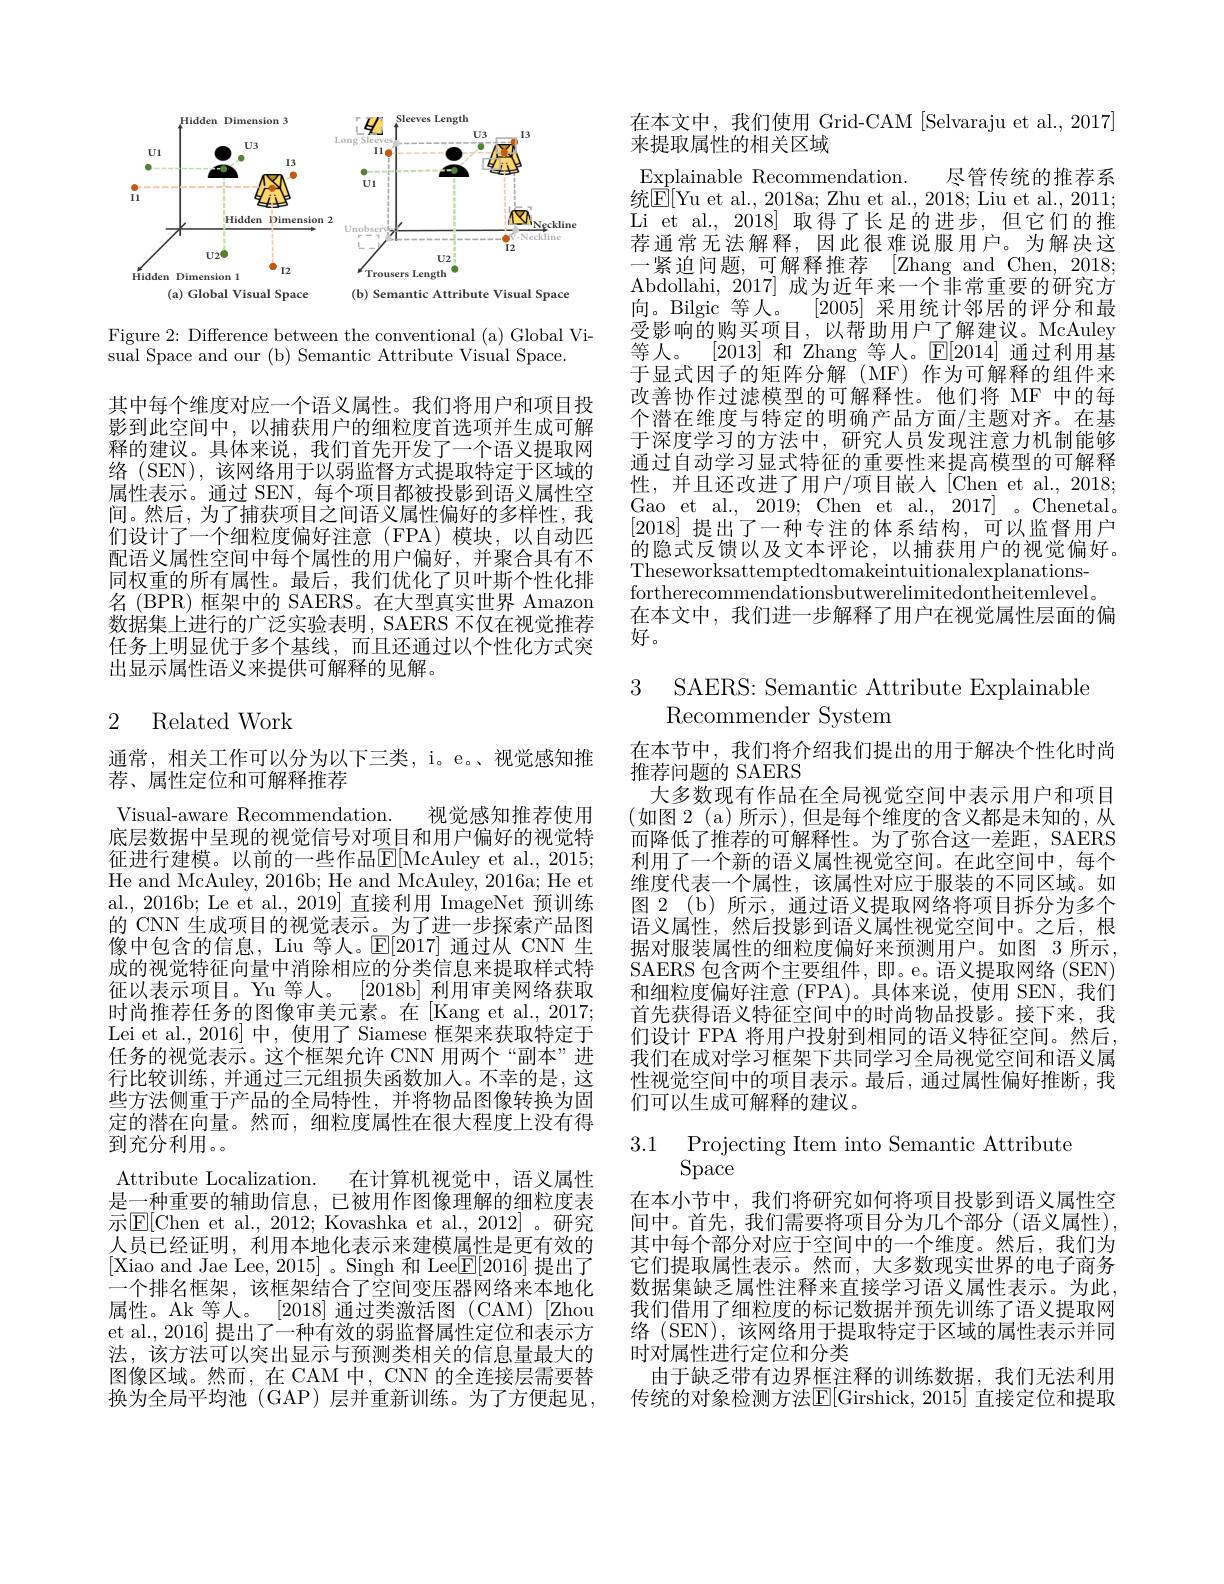
<FigureHere>

Figure 2: Difference between the conventional (a) Global Vi-
sual Space and our (b) Semantic Attribute Visual Space.

其中每个维度对应一个语义属性。我们将用户和项目投影到此空间中，以捕获用户的细粒度首选项并生成可解释的建议。具体来说，我们首先开发了一个语义提取网络 (SEN), 该网络用于以弱监督方式提取特定于区域的属性表示。通过 SEN, 每个项目都被投影到语义属性空间。然后，为了捕获项目之间语义属性偏好的多样性，我们设计了一个细粒度偏好注意(FPA)模块，以自动匹配语义属性空间中每个属性的用户偏好，并聚合具有不同权重的所有属性。最后，我们优化了贝叶斯个性化排名 (BPR) 框架中的 SAERS。在大型真实世界 Amazon 数据集上进行的广泛实验表明，SAERS 不仅在视觉推荐任务上明显优于多个基线，而且还通过以个性化方式突出显示属性语义来提供可解释的见解。

# 2 Related Work

通常，相关工作可以分为以下三类，i。e。视觉感知推
荐、属性定位和可解释推荐
Visual-aware Recommendation.
视觉感知推荐使用
底层数据中呈现的视觉信号对项目和用户偏好的视觉特征进行建模。以前的一些作品$\mathbb{E}[$McAuley et al., 2015; He and McAuley, 2016b; He and McAuley, 2016a; He et al., 2016b; Le et al., 2019] 直接利用 ImageNet 预训练的 CNN 生成项目的视觉表示。为了进一步探索产品图像中包含的信息，Liu 等人。$\mathbb{E}[2017]$通过从 CNN 生成的视觉特征向量中消除相应的分类信息来提取样式特征以表示项目。Yu 等人。[2018b] 利用审美网络获取时尚推荐任务的图像审美元素。在[Kang et al., 2017; Lei et al.,2016] 中，使用了 Siamese 框架来获取特定于任务的视觉表示。这个框架允许 CNN 用两个“副本”进行比较训练，并通过三元组损失函数加入。不幸的是，这些方法侧重于产品的全局特性，并将物品图像转换为固定的潜在向量。然而，细粒度属性在很大程度上没有得到充分利用。。
Attribute Localization.
在计算机视觉中，语义属性
是一种重要的辅助信息，已被用作图像理解的细粒度表示$\boxed{\mathrm{E}}[$Chen et al., 2012; Kovashka et al., 2012]。研究人员已经证明，利用本地化表示来建模属性是更有效的[Xiao and Jae Lee, 2015] 。Singh 和 Lee$\boxed{\mathrm{F}}[2016]$提出了一个排名框架，该框架结合了空间变压器网络来本地化属性。Ak 等人。[2018] 通过类激活图 (CAM) [Zhou et al., 2016] 提出了一种有效的弱监督属性定位和表示方法，该方法可以突出显示与预测类相关的信息量最大的图像区域。然而，在 CAM 中，CNN 的全连接层需要替换为全局平均池(GAP)层并重新训练。为了方便起见，

在本文中，我们使用 Grid-CAM [Selvaraju et al., 2017]
来提取属性的相关区域
Explainable Recommendation. 尽管传统的推荐系统$\boxed{\mathrm{E}[\text{Yu et al., 2018a; Zhu et al., 2018; Liu et al., 2011;}]}$ Li et al., 2018] 取得了长足的进步，但它们的推荐通常无法解释，因此很难说服用户。为解决这一紧迫问题，可解释推荐 [ $Zhang and Chen, 2018;$ Abdollahi, 2017]成为近年来一个非常重要的研究方向。Bilgic 等人。[2005]采用统计邻居的评分和最受影响的购买项目，以帮助用户了解建议。McAuley 等人。[2013] 和 Zhang 等人。$\mathbb{E}[2014]$通过利用基于显式因子的矩阵分解(MF)作为可解释的组件来改善协作过滤模型的可解释性。他们将 MF 中的每个潜在维度与特定的明确产品方面/主题对齐。在基于深度学习的方法中，研究人员发现注意力机制能够通过自动学习显式特征的重要性来提高模型的可解释性，并且还改进了用户/项目嵌人[Chen et al.,2018; Gao et al., 2019; Chen et al., 2017] 。Chenetal. [2018]提出了一种专注的体系结构，可以监督用户的隐式反馈以及文本评论，以捕获用户的视觉偏好。Theseworksattemptedtomakeintuitionalexplanationsfortherecommendationsbutwerelimitedontheitemlevel。在本文中，我们进一步解释了用户在视觉属性层面的偏
好。

3 SAERS: Semantic Attribute Explainable
Recommender System

在本节中，我们将介绍我们提出的用于解决个性化时尚
推荐问题的 SAERS
大多数现有作品在全局视觉空间中表示用户和项目(如图 2 (a)所示),但是每个维度的含义都是未知的，从而降低了推荐的可解释性。为了弥合这一差距，SAERS 利用了一个新的语义属性视觉空间。在此空间中，每个维度代表一个属性，该属性对应于服装的不同区域。如图 2 (b) 所示，通过语义提取网络将项目拆分为多个语义属性，然后投影到语义属性视觉空间中。之后，根据对服装属性的细粒度偏好来预测用户。如图 3 所示SAERS 包含两个主要组件，即。e。语义提取网络 (SEN) 和细粒度偏好注意 (FPA)。具体来说，使用 SEN,我们首先获得语义特征空间中的时尚物品投影。接下来，我们设计 FPA 将用户投射到相同的语义特征空间。然后我们在成对学习框架下共同学习全局视觉空间和语义属性视觉空间中的项目表示。最后，通过属性偏好推断，我们可以生成可解释的建议。

$\begin{array}{ll}3.1&\text{Projecting Item into Semantic Attribute}\\&\text{Space}\end{array}$

在本小节中，我们将研究如何将项目投影到语义属性空间中。首先，我们需要将项目分为几个部分(语义属性), 其中每个部分对应于空间中的一个维度。然后，我们为它们提取属性表示。然而，大多数现实世界的电子商务数据集缺乏属性注释来直接学习语义属性表示。为此我们借用了细粒度的标记数据并预先训练了语义提取网络 (SEN), 该网络用于提取特定于区域的属性表示并同时对属性进行定位和分类
由于缺乏带有边界框注释的训练数据，我们无法利用传统的对象检测方法$\mathbb{E}[$Girshick, 2015] 直接定位和提取